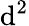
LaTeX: \mathrm{d}^{2}